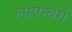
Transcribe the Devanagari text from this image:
लाएन्बर्ग